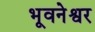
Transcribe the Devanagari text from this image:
भूवनेश्वर